Leaving Certificate Examination, 1915
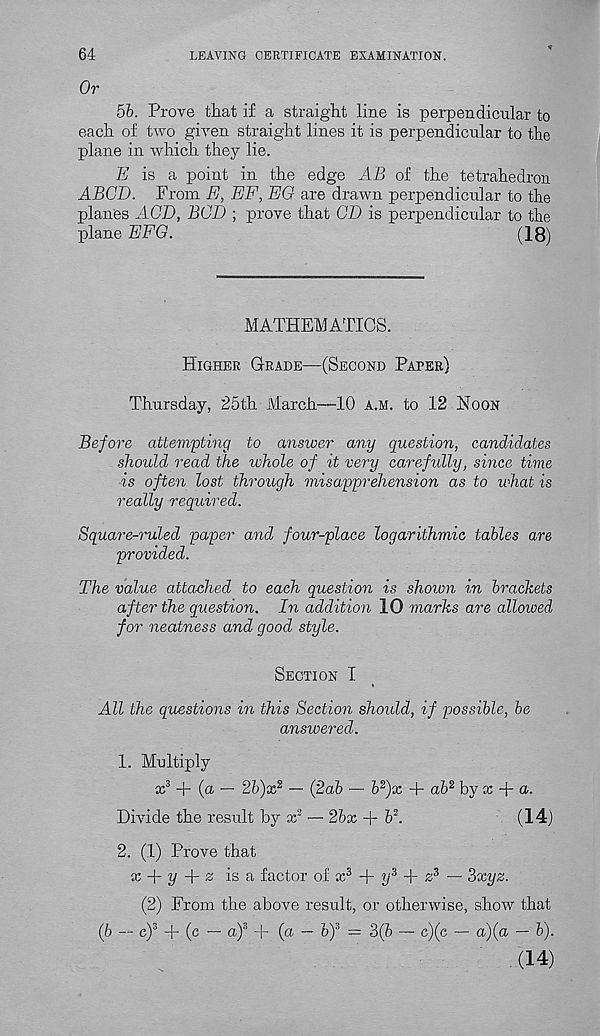
64
LEAVING CERTIFICATE EXAMINATION.
Or
5b. Prove that if a straight line is perpendicular to
each of two given straight lines it is perpendicular to the
plane in which they lie.
E is a point in the edge AB of the tetrahedron
ABCD. From E, EF, EG are drawn perpendicular to the
planes AGE, BCD ; prove that CD is perpendicular to the
plane EFG.
(18)
MATHEMATICS.
Higher Grade—(Second Paper)
Thursday, 25th March—10 a.m. to 12 Noon
Before attempting to answer any question, candidates
should read the whole of it very carefully, since time
is often lost through misapprehension as to what is
really required.
Square-ruled paper and four-place logarithmic tables are
provided.
The value attached to each question is shown in brackets
after the question. In addition 10 marks are allowed
for neatness and good style.
Section I
All the questions in this Section should, if possible, be
answered.
1. Multiply
x 3 + (a — 26)x 2 — (2ab — b 2 )x + ah 2 by x + a.
Divide the result by x 2 — 2bx + b 2 .
(14)
2. (1) Prove that
x + i/ + a is a factor of x 3 + i/ 3 T s 3 — 2>xyz.
(2) From the above result, or otherwise, show that
(b — c) 3 + (c — a) 3 + (a — o) 3 = 3(b — c)(c — a)(a — b).
(14)